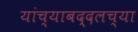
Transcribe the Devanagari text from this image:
यांच्याबद्दलच्या